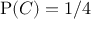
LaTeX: \mathrm { P } ( C ) = 1 / 4